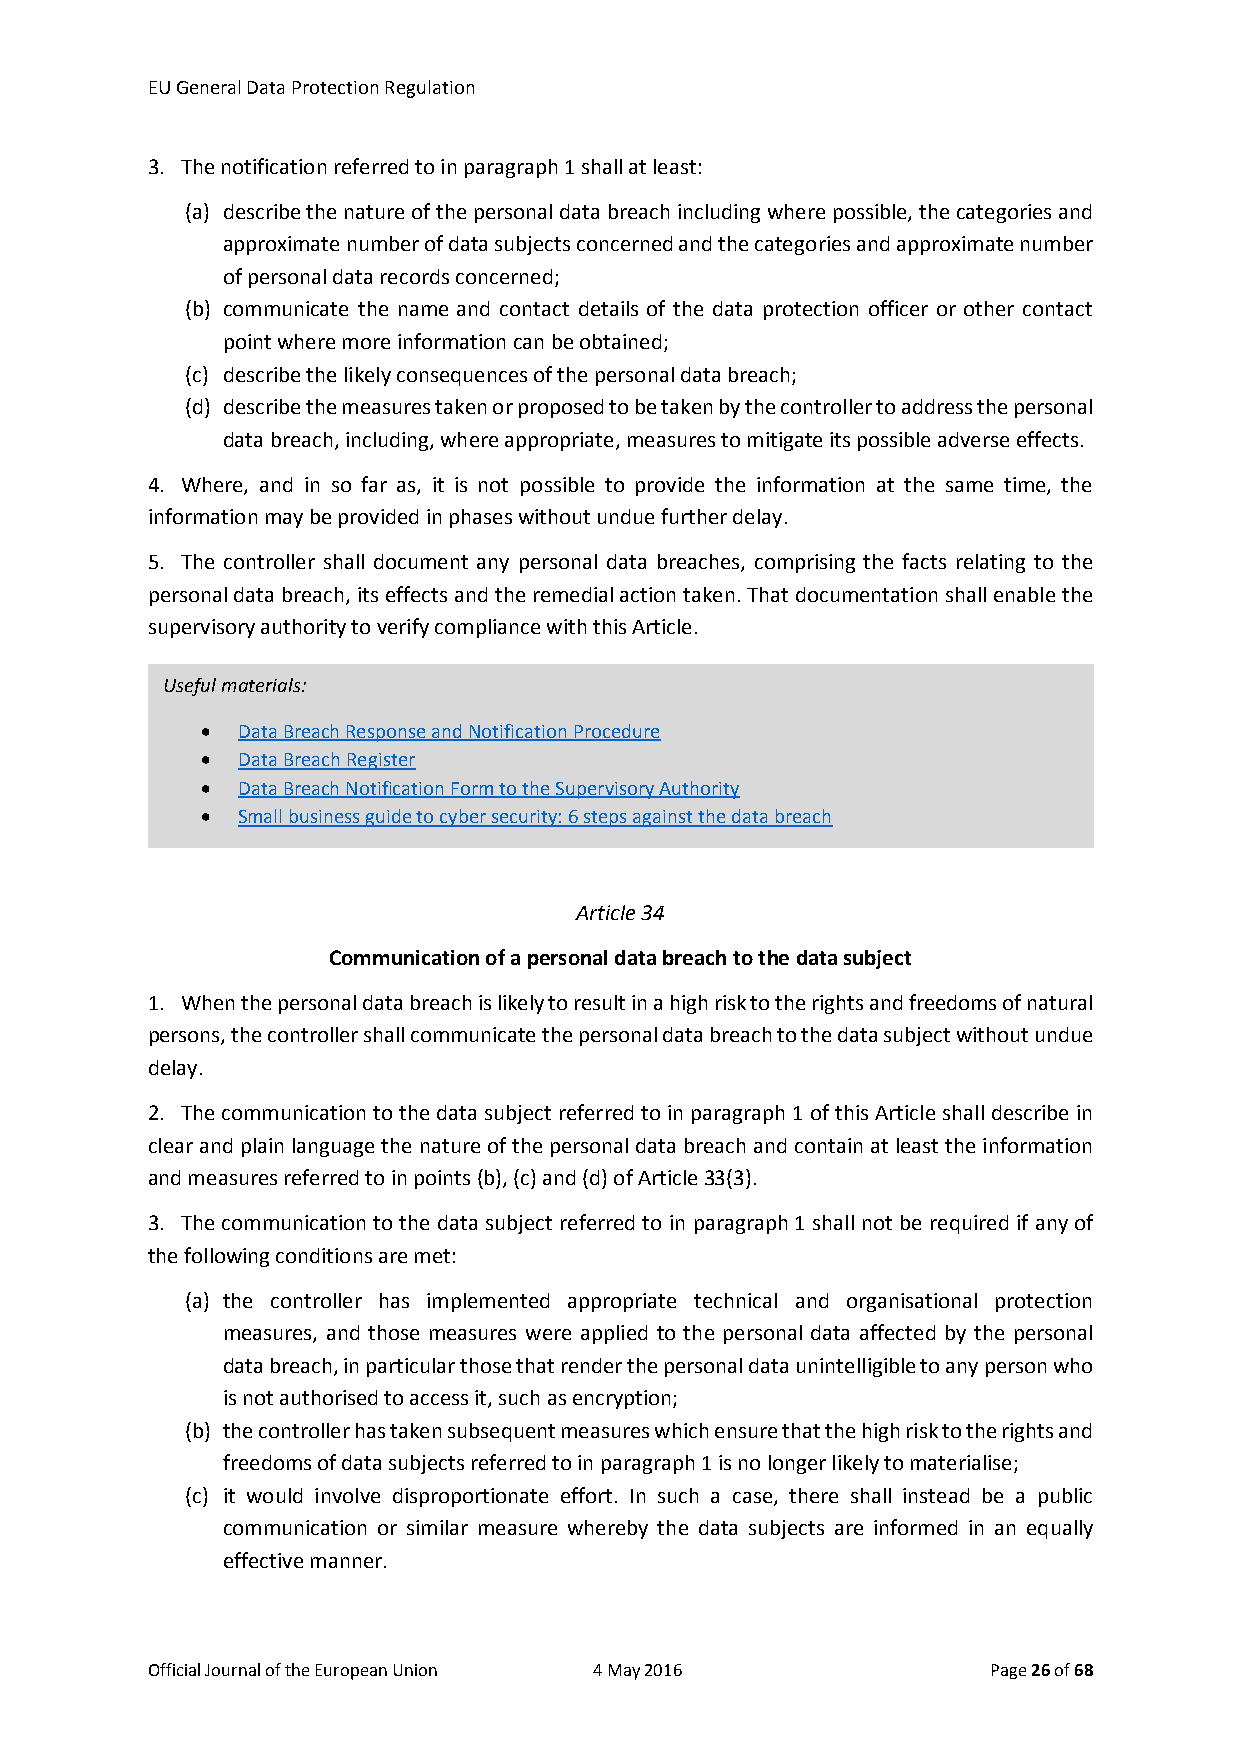
EU General Data Protection Regulation
 3. The notification referred to in paragraph 1 shall at least:
 (a) describe the nature of the personal data breach including where possible, the categories and
 approximate number of data subjects concerned and the categories and approximate number
 of personal data records concerned;
 (b) communicate the name and contact details of the data protection officer or other contact
 point where more information can be obtained;
 (c) describe the likely consequences of the personal data breach;
 (d) describe the measures taken or proposed to be taken by the controller to address the personal
 data breach, including, where appropriate, measures to mitigate its possible adverse effects.
 4. Where, and in so far as, it is not possible to provide the information at the same time, the
 information may be provided in phases without undue further delay.
 5. The controller shall document any personal data breaches, comprising the facts relating to the
 personal data breach, its effects and the remedial action taken. That documentation shall enable the
 supervisory authority to verify compliance with this Article.
 Useful materials:
 •  Data Breach Response and Notification Procedure
 •  Data Breach Register
 •  Data Breach Notification Form to the Supervisory Authority
 •  Small business guide to cyber security: 6 steps against the data breach
 Article 34
 Communication of a personal data breach to the data subject
 1. When the personal data breach is likely to result in a high risk to the rights and freedoms of natural
 persons, the controller shall communicate the personal data breach to the data subject without undue
 delay.
 2. The communication to the data subject referred to in paragraph 1 of this Article shall describe in
 clear and plain language the nature of the personal data breach and contain at least the information
 and measures referred to in points (b), (c) and (d) of Article 33(3).
 3. The communication to the data subject referred to in paragraph 1 shall not be required if any of
 the following conditions are met:
 (a) the controller has implemented appropriate technical and organisational protection
 measures, and those measures were applied to the personal data affected by the personal
 data breach, in particular those that render the personal data unintelligible to any person who
 is not authorised to access it, such as encryption;
 (b) the controller has taken subsequent measures which ensure that the high risk to the rights and
 freedoms of data subjects referred to in paragraph 1 is no longer likely to materialise;
 (c) it would involve disproportionate effort. In such a case, there shall instead be a public
 communication or similar measure whereby the data subjects are informed in an equally
 effective manner.
 Official Journal of the European Union 4 May 2016       Page 26 of 68